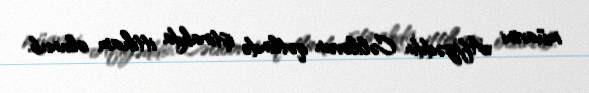
müavini Afiyəddin Cəlilovun qətlində iştirakda ittiham olunub.